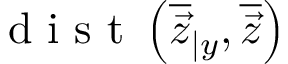
\mathrm { ~ d ~ i ~ s ~ t ~ } \left( \overline { { \vec { z } } } _ { \vert y } , \overline { { \vec { z } } } \right)